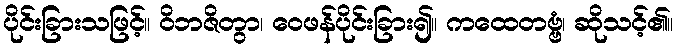
ပိုင်းခြားသဖြင့်။ ဝိဘဇိတွာ၊ ဝေဖန်ပိုင်းခြား၍။ ကထေတဗ္ဗံ၊ ဆိုသင့်၏။